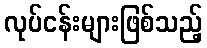
လုပ်ငန်းများဖြစ်သည့်